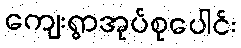
ကျေးရွာအုပ်စုပေါင်း